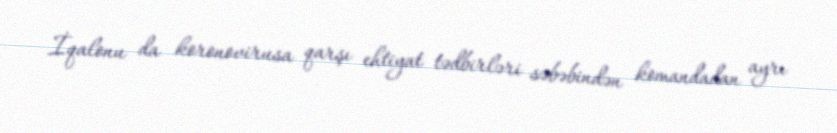
İqalonu da koronovirusa qarşı ehtiyat tədbirləri səbəbindən komandadan ayrı